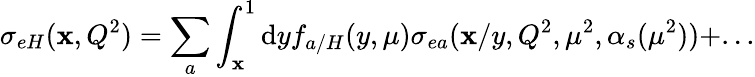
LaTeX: \sigma_{eH}(\mathbf{x},Q^{2})=\sum_{a}\int_{\mathbf{x}}^{1}\mathrm{d}yf_{a/H}(y,\mu)\sigma_{ea}(\mathbf{x}/y,Q^{2},\mu^{2},\alpha_{s}(\mu^{2}))+...